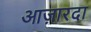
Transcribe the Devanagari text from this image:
आज़ारदा